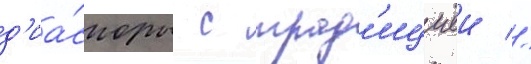
д'иа́споры с трад'ициеи //